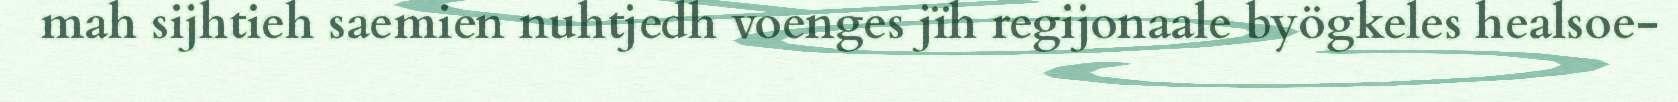
mah sijhtieh saemien nuhtjedh voenges jïh regijonaale byögkeles healsoe-